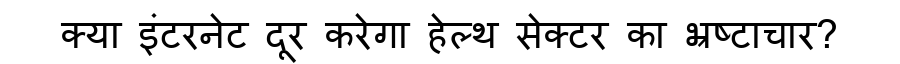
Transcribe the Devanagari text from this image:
क्या इंटरनेट दूर करेगा हेल्थ सेक्टर का भ्रष्टाचार?